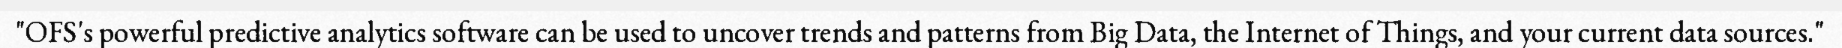
"OFS's powerful predictive analytics software can be used to uncover trends and patterns from Big Data, the Internet of Things, and your current data sources."